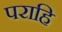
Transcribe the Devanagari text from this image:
पराहि